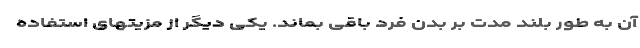
آن به طور بلند مدت بر بدن فرد باقی بماند. یکی دیگر از مزیتهای استفاده